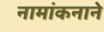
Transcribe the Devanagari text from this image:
नामांकनाने